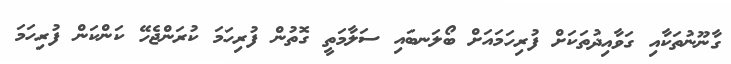
ގާނޫނުތަކާއި ގަވާއިދުތަކަށް ފުރިހަމައަށް ބޯލަނބައި ސަލާމަތީ ގޮތުން ފުރިހަމަ ކުރަންޖެހޭ ކަންކަން ފުރިހަމަ